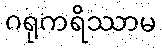
ဂရုကရိဿာမ